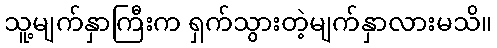
သူ့မျက်နှာကြီးက ရှက်သွားတဲ့မျက်နှာလားမသိ။